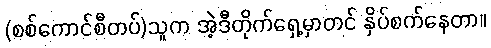
(စစ်ကောင်စီတပ်)သူက အဲ့ဒီတိုက်ရှေ့မှာတင် နှိပ်စက်နေတာ။